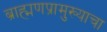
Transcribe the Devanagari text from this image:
ब्राह्मणप्रामुख्याचा